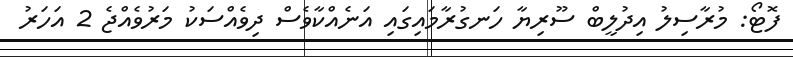
ފޮޓޯ: މުރާސިލު އިދުލީބް ސޫރިޔާ ހަނގުރާމައިގައި އަނެއްކާވެސް ދިވެއްސަކު މަރުވެއްޖެ 2 އަހަރު